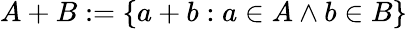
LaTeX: A+B:=\{ a+b:a\in A\land b\in B\}